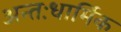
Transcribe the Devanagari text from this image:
अन्तःधार्मिक